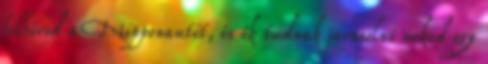
felhívod a Nipponautót, és ők tudnak javasolni neked egy